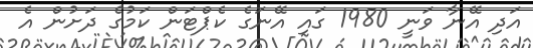
އަދި އޭނާ ވަނީ 1980 ގައި އޭނަގެ ކެޕްޓަން ކަމުގެ ދަށުން އެ